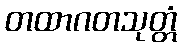
တထာဂတသုတ္တံ